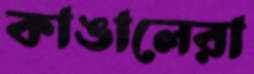
কাঙালেরা